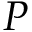
P